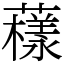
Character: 𧁒